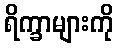
ရိက္ခာများကို